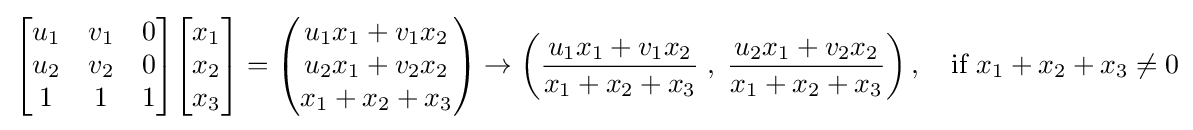
{\begin{bmatrix}u_{1}&v_{1}&0\\u_{2}&v_{2}&0\\1&1&1\end{bmatrix}}{\begin{bmatrix}x_{1}\\x_{2}\\x_{3}\end{bmatrix}}={\begin{pmatrix}u_{1}x_{1}+v_{1}x_{2}\\u_{2}x_{1}+v_{2}x_{2}\\x_{1}+x_{2}+x_{3}\end{pmatrix}}\rightarrow \left({\frac {u_{1}x_{1}+v_{1}x_{2}}{x_{1}+x_{2}+x_{3}}}\;,\;{\frac {u_{2}x_{1}+v_{2}x_{2}}{x_{1}+x_{2}+x_{3}}}\right),\quad {\text{if }}x_{1}+x_{2}+x_{3}\neq 0